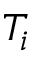
T _ { i }